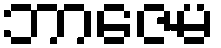
ဘာဇေမ